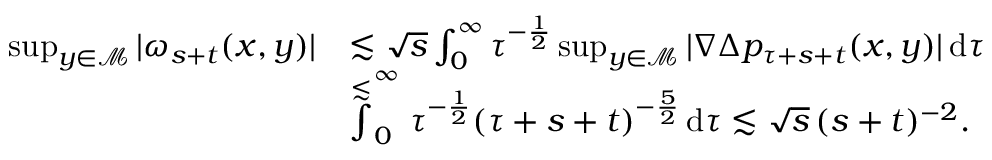
\begin{array} { r l } { \operatorname* { s u p } _ { y \in \mathcal { M } } \vert \omega _ { s + t } ( x , y ) \vert } & { \lesssim \sqrt { s } \int _ { 0 } ^ { \infty } \tau ^ { - \frac { 1 } { 2 } } \operatorname* { s u p } _ { y \in \mathcal { M } } \vert \nabla \Delta p _ { \tau + s + t } ( x , y ) \vert \, \mathrm { d } \tau } \\ & { \stackrel { \lesssim } \int _ { 0 } ^ { \infty } \tau ^ { - \frac { 1 } { 2 } } ( \tau + s + t ) ^ { - \frac { 5 } { 2 } } \, \mathrm { d } \tau \lesssim \sqrt { s } \, ( s + t ) ^ { - 2 } . } \end{array}